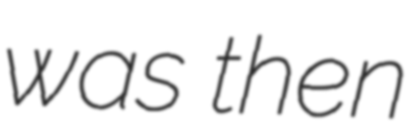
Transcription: was then